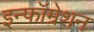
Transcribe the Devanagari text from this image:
इन्फॉम्रेशन